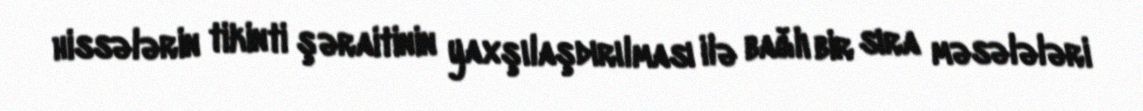
hissələrin tikinti şəraitinin yaxşılaşdırılması ilə bağlı bir sıra məsələləri